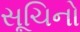
સૂચિનો